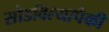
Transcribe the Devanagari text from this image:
सोडविल्यापैकी